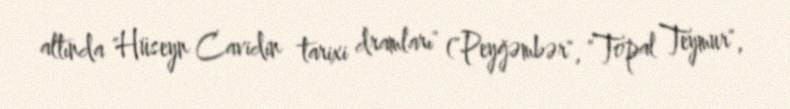
altında "Hüseyn Cavidin tarixi dramları" ("Peyğəmbər", "Topal Teymur",